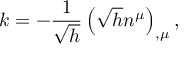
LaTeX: k = - \frac 1 { \sqrt { h } } \left( \sqrt { h } n ^ { \mu } \right) _ { , \mu } ,